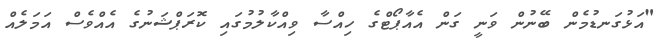
"އަޅުގަނޑުމެން ބޭނުން ވަނީ ގަން އެއާޕޯޓްގެ ހިއްސާ ވިއްކާލުމުގައި ކޮރަޕްޝަނުގެ އެއްވެސް އަމަލެއް